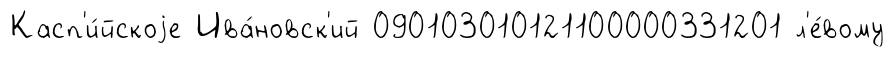
Касп'и́йскоjе Ива́новск'ий 090103010121100000331201 л'е́вому